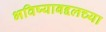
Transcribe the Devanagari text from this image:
भविष्याबद्दलच्या